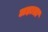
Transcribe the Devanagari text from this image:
लड़ाता